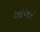
ખાખર